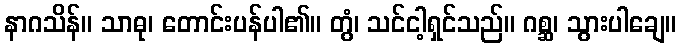
နာဂသိန်။ သာဓု၊ တောင်းပန်ပါ၏။ တွံ၊ သင်ငါ့ရှင်သည်။ ဂစ္ဆ၊ သွားပါချေ။